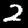
Label: 2